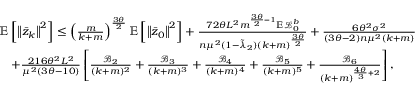
\begin{array} { r l } & { \mathbb { E } \left[ \left\Vert \bar { z } _ { k } \right\Vert ^ { 2 } \right] \leq \left( \frac { m } { k + m } \right) ^ { \frac { 3 \theta } { 2 } } \mathbb { E } \left[ \left\Vert \bar { z } _ { 0 } \right\Vert ^ { 2 } \right] + \frac { 7 2 \theta L ^ { 2 } m ^ { \frac { 3 \theta } { 2 } - 1 } \mathbb { E } \mathcal { L } _ { 0 } ^ { b } } { n \mu ^ { 2 } ( 1 - \tilde { \lambda } _ { 2 } ) ( k + m ) ^ { \frac { 3 \theta } { 2 } } } + \frac { 6 \theta ^ { 2 } \sigma ^ { 2 } } { ( 3 \theta - 2 ) n \mu ^ { 2 } ( k + m ) } } \\ & { \quad + \frac { 2 1 6 \theta ^ { 2 } L ^ { 2 } } { \mu ^ { 2 } ( 3 \theta - 1 0 ) } \left[ \frac { \mathcal { B } _ { 2 } } { ( k + m ) ^ { 2 } } + \frac { \mathcal { B } _ { 3 } } { ( k + m ) ^ { 3 } } + \frac { \mathcal { B } _ { 4 } } { ( k + m ) ^ { 4 } } + \frac { \mathcal { B } _ { 5 } } { ( k + m ) ^ { 5 } } + \frac { \mathcal { B } _ { 6 } } { ( k + m ) ^ { \frac { 4 \theta } { 3 } + 2 } } \right] , } \end{array}